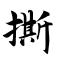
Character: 撕